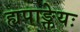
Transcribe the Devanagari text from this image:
ह्यपाङ्क्तेयः